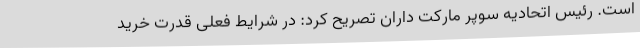
است. رئیس اتحادیه سوپر مارکت داران تصریح کرد: در شرایط فعلی قدرت خرید